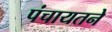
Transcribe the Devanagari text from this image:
पंचायतने